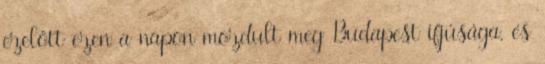
ezelőtt ezen a napon mozdult meg Budapest ifjúsága, és